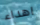
اهداء